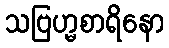
သဗြဟ္မစာရိနော